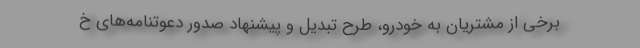
برخی از مشتريان به خودرو، طرح تبدیل و پیشنهاد صدور دعوتنامه‌های خ